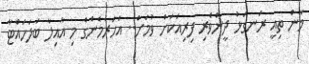
މާން ތިއީ ރަނގަޅު ދީންވެރި ފިރިއަކަށް ވުމަށް.. އަހަރެމެންގެ މި އާއިލާ ބަލަހައްޓާ